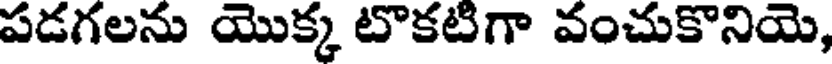
పడగలను యొక్క టొకటిగా వంచుకొనియె,